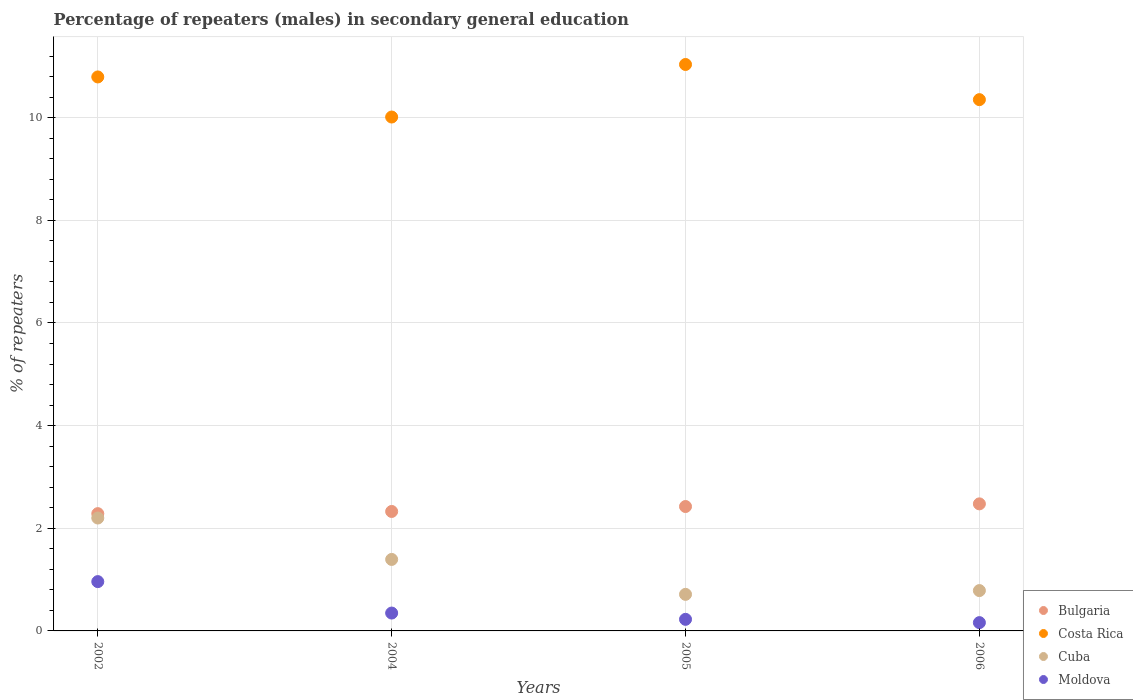
| Years | Bulgaria | Costa Rica | Cuba | Moldova |
 | --- | --- | --- | --- | --- |
 | 2002 | 2.29 | 10.8 | 2.2 | 0.961 |
 | 2004 | 2.33 | 10 | 1.39 | 0.348 |
 | 2005 | 2.42 | 11 | 0.712 | 0.226 |
 | 2006 | 2.48 | 10.4 | 0.786 | 0.162 |